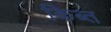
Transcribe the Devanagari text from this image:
किब्त